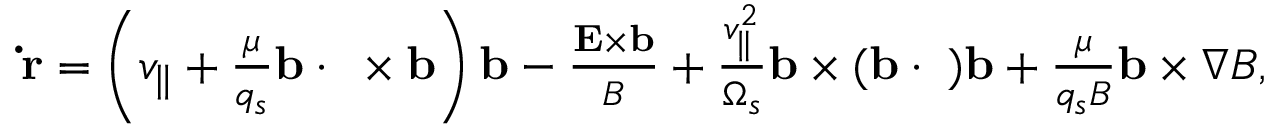
\begin{array} { r } { \mathbf { \dot { r } } = \left( v _ { \parallel } + \frac { \mu } { q _ { s } } \mathbf { b \cdot \nabla \times b } \right) \mathbf { b } - \frac { \mathbf { E } \times \mathbf { b } } { B } + \frac { v _ { \parallel } ^ { 2 } } { \Omega _ { s } } \mathbf { b } \times \mathbf { ( b \cdot \nabla ) b } + \frac { \mu } { q _ { s } B } \mathbf { b } \times \nabla B , } \end{array}